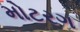
મોટરગ